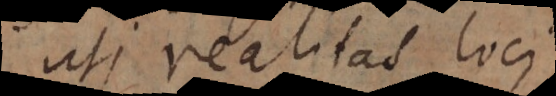
uti realitas loci